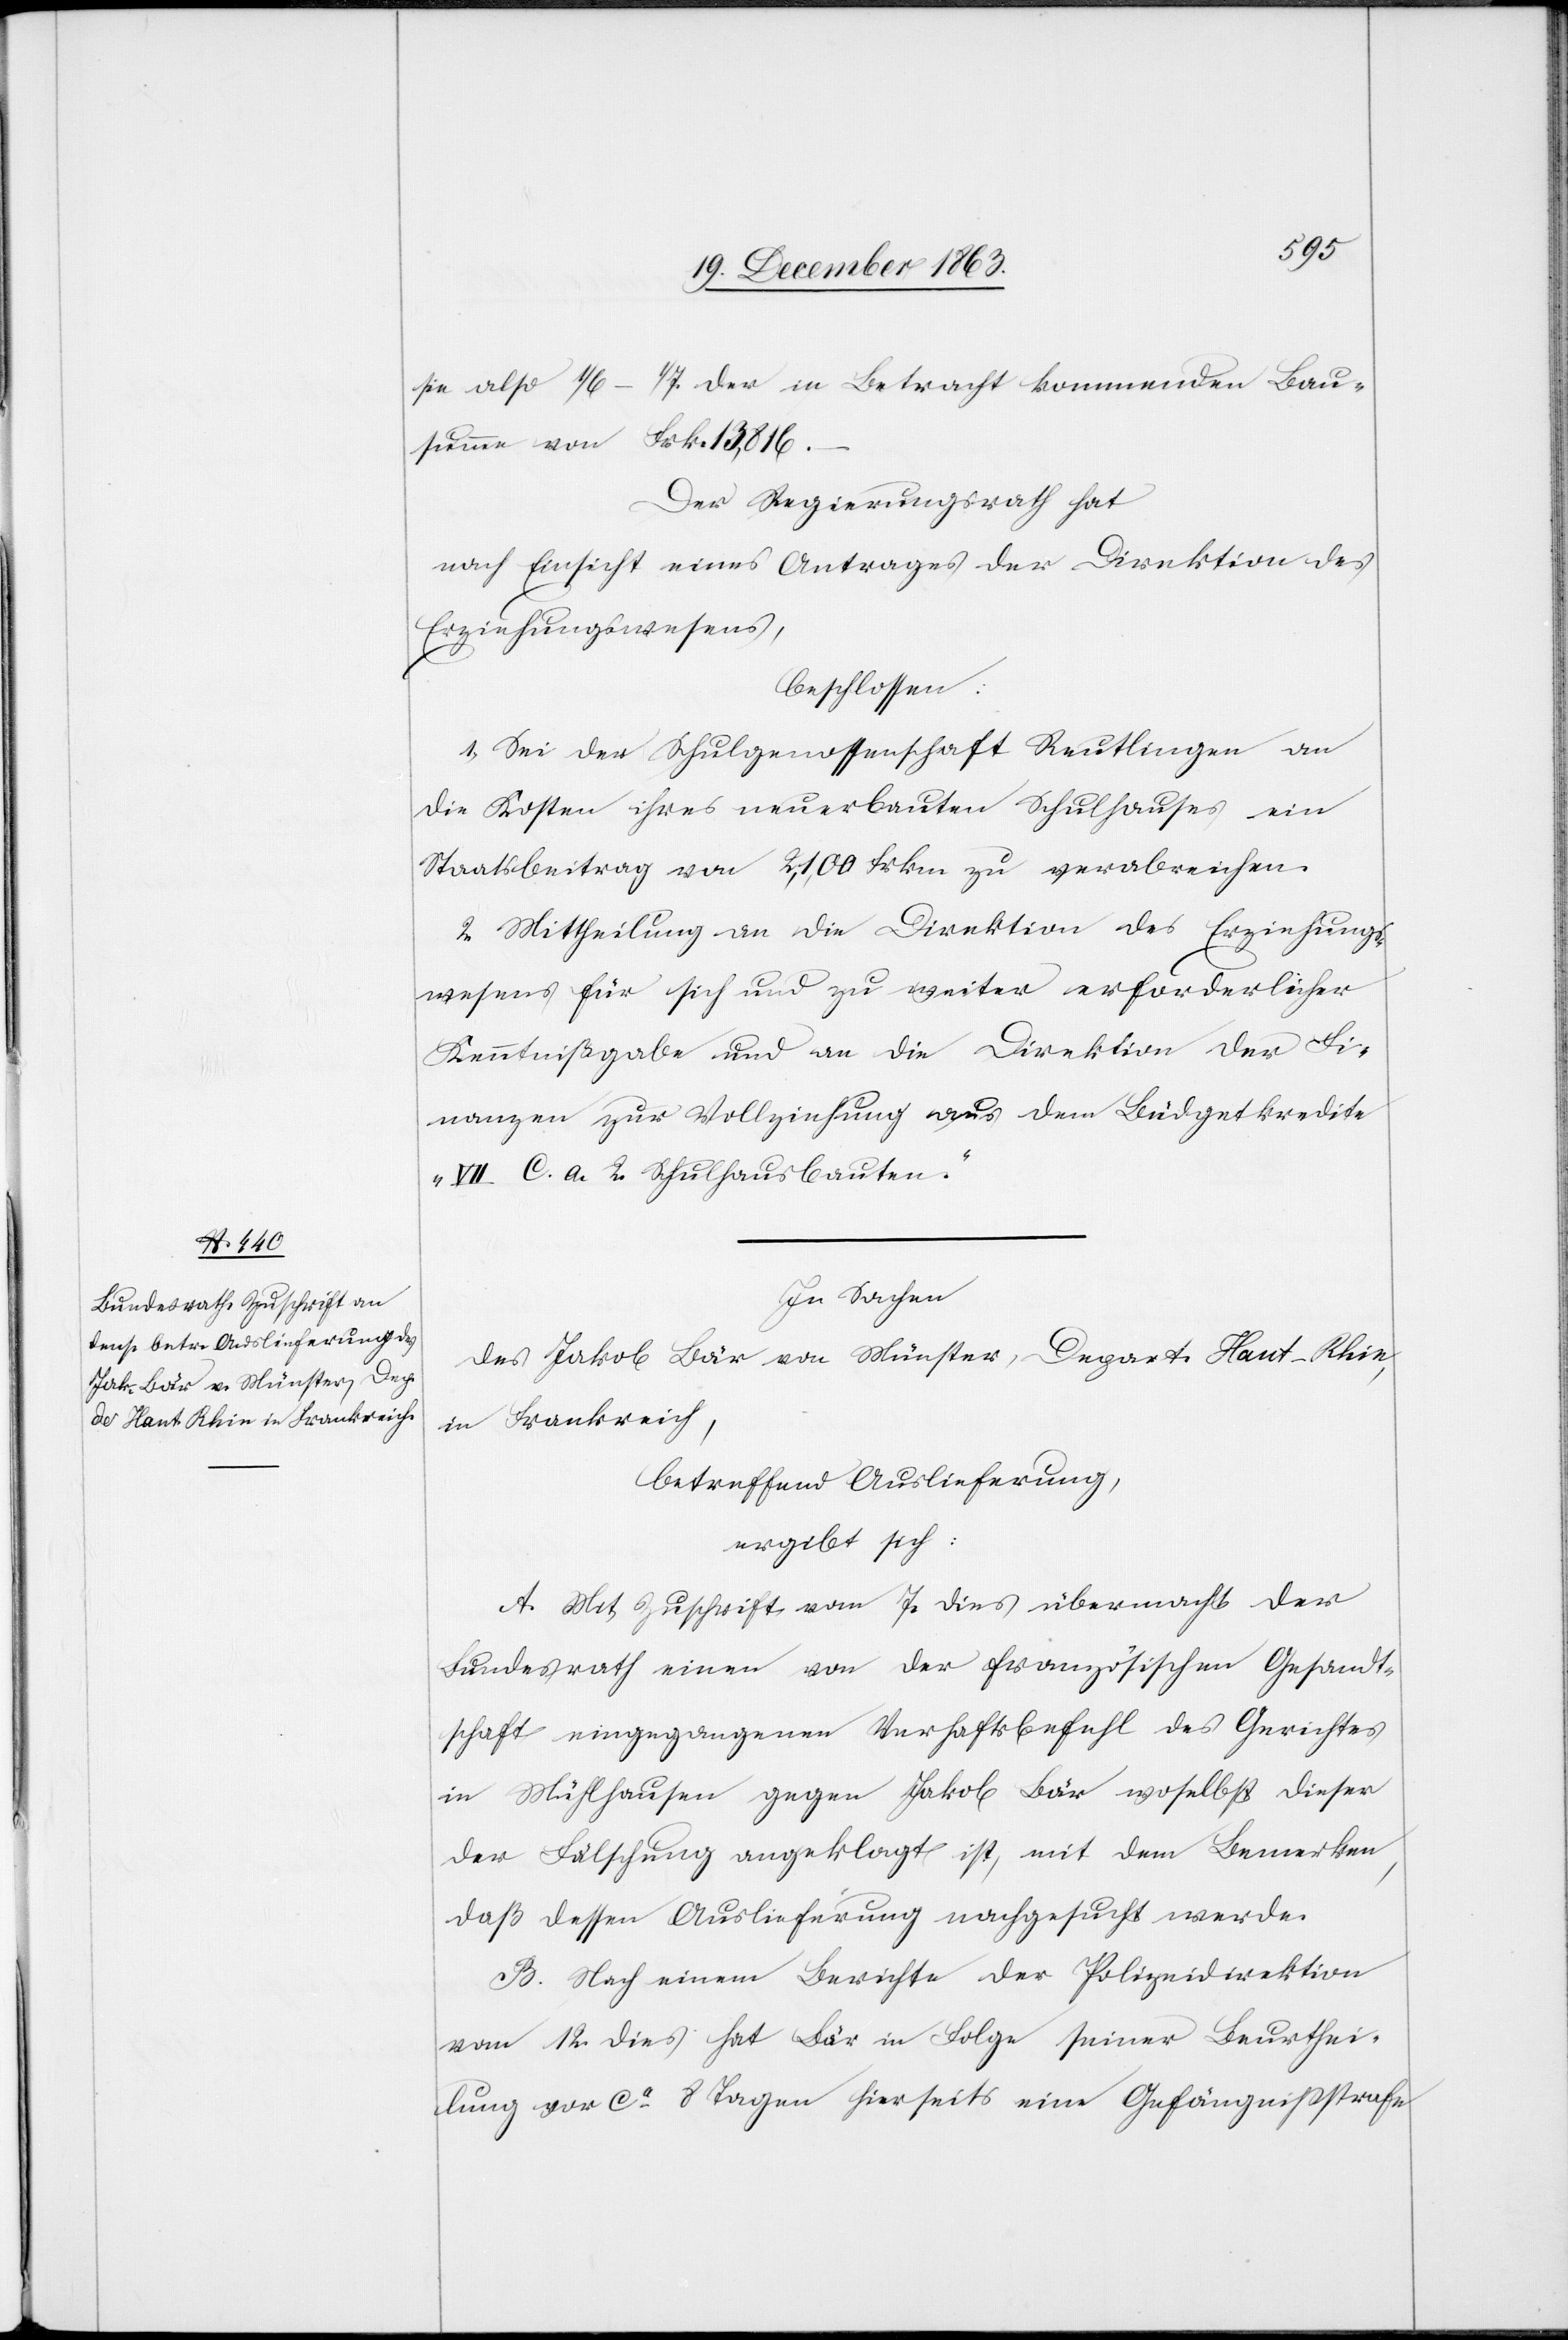
sie also 1/6–1/7 der in Betracht kommenden Bau¬
summe von Frk. 13,816.
Der Regierungsrath hat
nach Einsicht eines Antrages der Direktion des
Erziehungswesens,
beschlossen:
1. Sei der Schulgenossenschaft Reutlingen an
die Kosten ihres neuerbauten Schulhauses ein
Staatsbeitrag von 2,100 Frkn zu verabreichen.
2. Mittheilung an die Direktion des Erziehungs¬
wesens für sich und zu weiter erforderlicher
Kenntnißgabe und an die Direktion der Fi¬
nanzen zur Vollziehung aus dem Büdgetkredite
„VII C. a. 2. Schulhausbauten“.
In Sachen
des Jakob Bär von Münster, Depart. Haut-Rhin,
in Frankreich
betreffend Auslieferung,
ergibt sich:
A. Mit Zuschrift vom 7. dies übermacht der
Bundesrath einen von der französischen Gesandt¬
schaft eingegangenen Verhaftsbefehl des Gerichtes
in Mühlhausen gegen Jakob Bär woselbst dieser
der Fälschung angeklagt ist, mit dem Bemerken,
daß dessen Auslieferung nachgesucht werde.
B. Nach einem Berichte der Polizeidirektion
vom 12. dies hat Bär in Folge seiner Beurthei¬
lung vor ca 8 Tagen hierseits eine Gefängnißstrafe